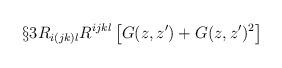
LaTeX: \begin{align*}\S{3} R_{i(jk)l} R^{ijkl} \left[ G(z,z') + G(z,z')^2\right]\end{align*}